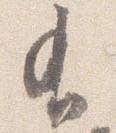
有